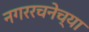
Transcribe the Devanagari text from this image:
नगररचनेच्या